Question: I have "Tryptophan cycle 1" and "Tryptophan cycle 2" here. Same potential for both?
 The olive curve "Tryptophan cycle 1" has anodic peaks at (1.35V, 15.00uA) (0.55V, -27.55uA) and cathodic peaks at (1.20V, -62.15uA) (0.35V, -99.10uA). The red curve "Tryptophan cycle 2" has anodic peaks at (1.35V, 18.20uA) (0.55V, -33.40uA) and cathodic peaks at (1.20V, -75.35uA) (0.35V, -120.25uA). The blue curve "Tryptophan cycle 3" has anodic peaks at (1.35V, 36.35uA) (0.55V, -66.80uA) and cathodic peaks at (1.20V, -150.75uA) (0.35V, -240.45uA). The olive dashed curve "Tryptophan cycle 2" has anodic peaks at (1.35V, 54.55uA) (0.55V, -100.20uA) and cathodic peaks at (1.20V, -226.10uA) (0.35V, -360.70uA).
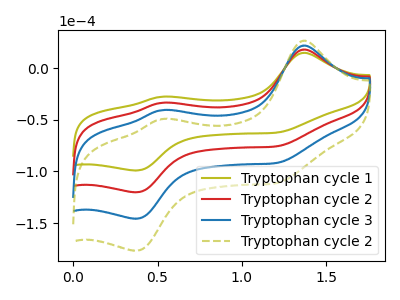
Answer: <think>All the peaks in "Tryptophan cycle 1" have a peak in "Tryptophan cycle 2" at the same potential.
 </think>
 <answer>"Tryptophan cycle 1" and "Tryptophan cycle 2" are similar in shape.</answer>
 <eval>same_shape</eval>